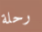
رحلة